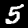
Label: 5